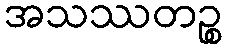
အသဿတဉ္စ